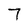
Character: 7